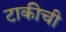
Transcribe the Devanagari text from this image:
टाकीची